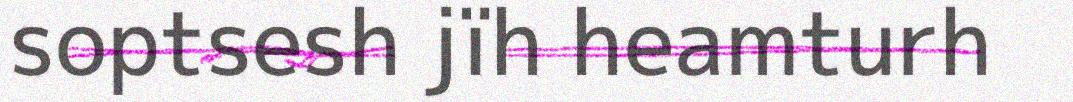
soptsesh jïh heamturh